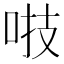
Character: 𠴜